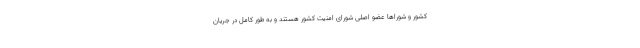
کشور و شوراها عضو اصلی شورای امنیت کشور هستند و به طور کامل در جریان